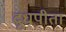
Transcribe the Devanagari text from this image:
दूधपीता